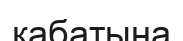
кабатына